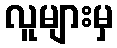
လူများမှ